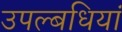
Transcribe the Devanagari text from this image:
उपल्बधियां